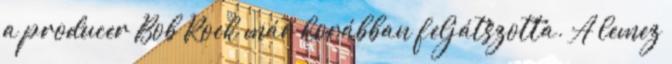
a producer Bob Rock már korábban feljátszotta. A lemez